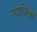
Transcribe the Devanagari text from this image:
नाईकबा